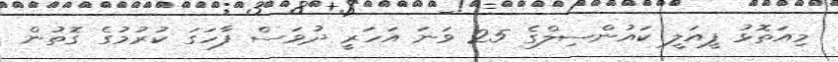
މިއަތޮޅު ފީއަލީ ކައުންސިލްގެ 25 ވަނަ އަހަރީ ދުވަސް ފާހަގަ ކުރުމުގެ ގޮތުން